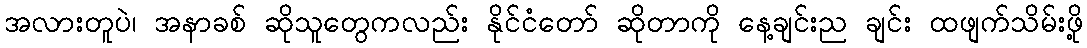
အလားတူပဲ၊ အနာခစ် ဆိုသူတွေကလည်း နိုင်ငံတော် ဆိုတာကို နေ့ချင်းည ချင်း ထဖျက်သိမ်းဖို့